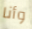
وأنا